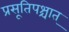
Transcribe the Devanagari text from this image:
प्रसूतिपश्चात्